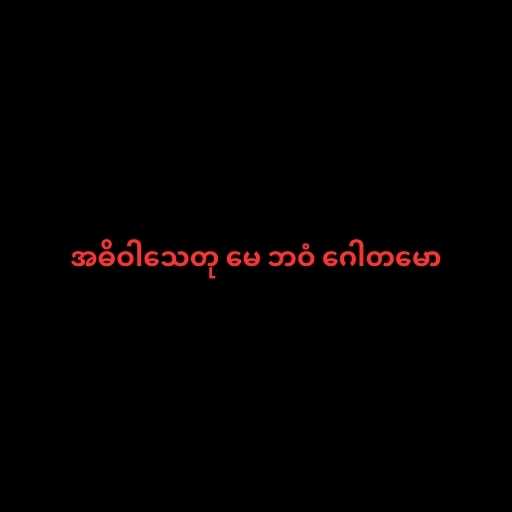
အဓိဝါသေတု မေ ဘဝံ ဂေါတမော